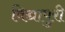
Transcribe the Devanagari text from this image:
विद्यापुरी